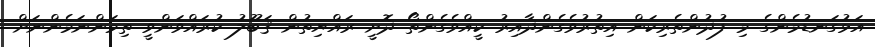
އަޅުގަނޑުމެންގެ މި ފުދުންތެރިކަން އިތުރުވެގެންދާއިރު ކީއްވެގެންތޯ ދޮށީ ރައްޔިތުން ޤަބޫލު ކުރައްވަންވީ ތިމަންނަމެންނަށް